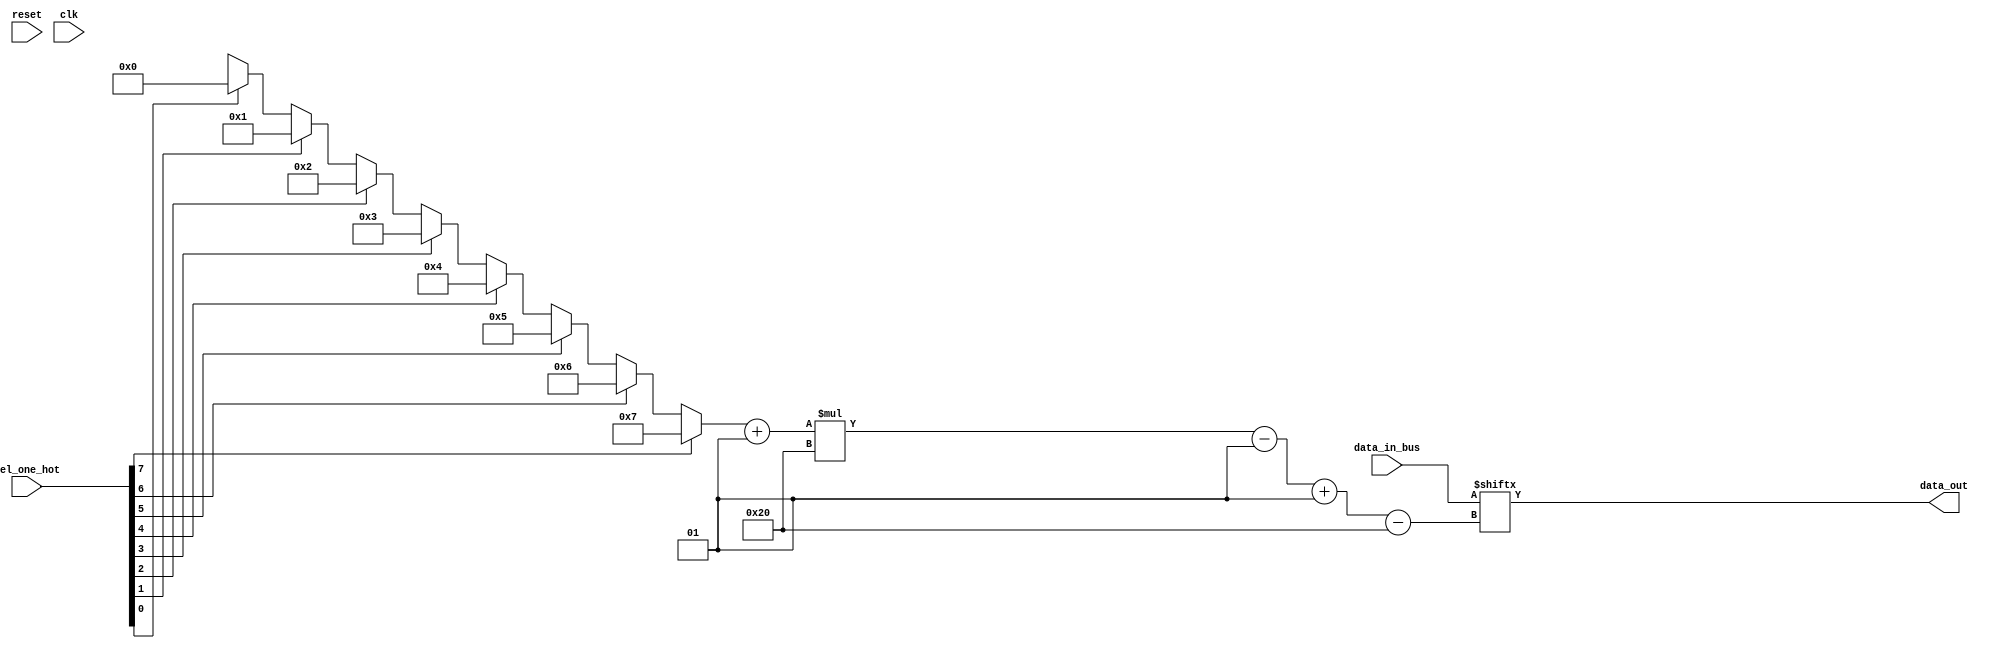
module MUX(
    reset,
    clk,
    sel_one_hot,
    data_in_bus,
    data_out
);
    parameter channels=8,width=32;
    input reset,clk;
    input [channels-1:0]sel_one_hot;
    input [channels*width-1:0]data_in_bus;
    output reg [width-1:0]data_out;
    //integer  decimal;

    function integer decimal;
        input [channels-1:0] hot_one_code;
        integer i;
        for (i=0;i<channels;i=i+1)
            if(hot_one_code[i])
                decimal=i;
                
    endfunction


    // always @(*)
    // begin
    //     case(sel_one_hot)
    //         8'd1:decimal=0;
    //         8'd2:decimal=1;
    //         8'd4:decimal=2;
    //         8'd8:decimal=3;
    //         8'd16:decimal=4;
    //         8'd32:decimal=5;
    //         8'd64:decimal=6;
    //         8'd128:decimal=7;
    //     endcase;
    // end
            
    //wire [width-1:0]inp_arry=data_in_bus[((decimal[sel_one_hot]+1)*width-1):decimal[sel_one_hot]*width]
    always @(*)
    begin
        data_out=data_in_bus[((decimal(sel_one_hot)+1)*width-1)-:width];
    end



endmodule